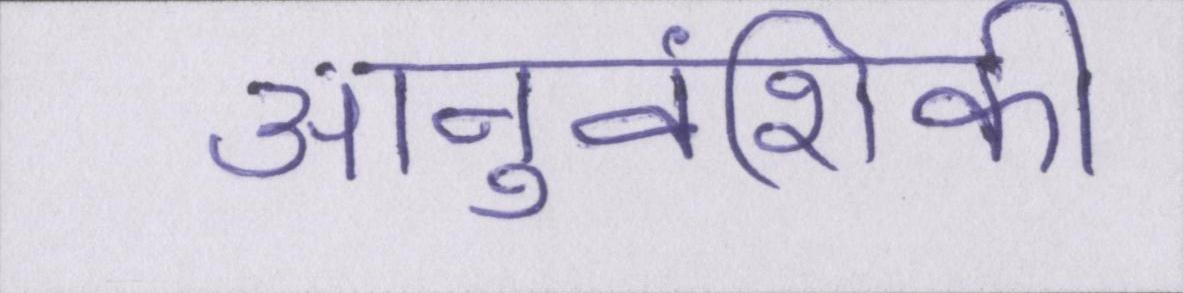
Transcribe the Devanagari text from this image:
आनुवंशिकी